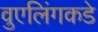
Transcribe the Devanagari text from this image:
वुएलिंगकडे